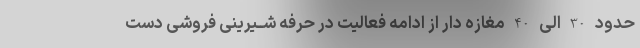
حدود 30 الى 40 مغازه دار از ادامه فعالیت در حرفه شــیرینى فروشى دست